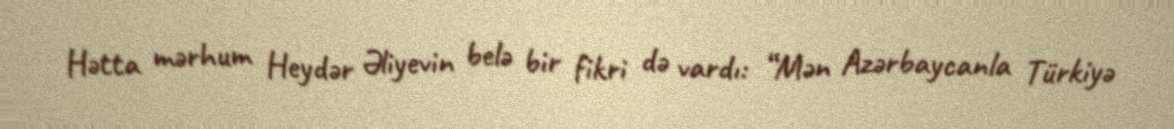
Hətta mərhum Heydər Əliyevin belə bir fikri də vardı: “Mən Azərbaycanla Türkiyə